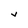
Character: V